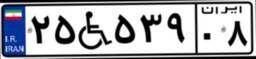
۲۵W۵۳۹۰۸